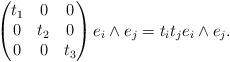
LaTeX: \begin{align*}\begin{pmatrix} t_1 & 0 & 0\\ 0 & t_2 & 0\\ 0 & 0 & t_3\end{pmatrix}e_i \wedge e_j = t_i t_j e_i\wedge e_j.\end{align*}